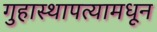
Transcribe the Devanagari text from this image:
गुहास्थापत्यामधून